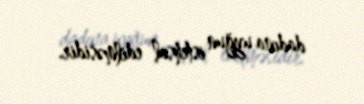
dadına uyğun istehsal edilməsidir.